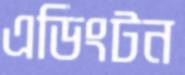
এডিংটন